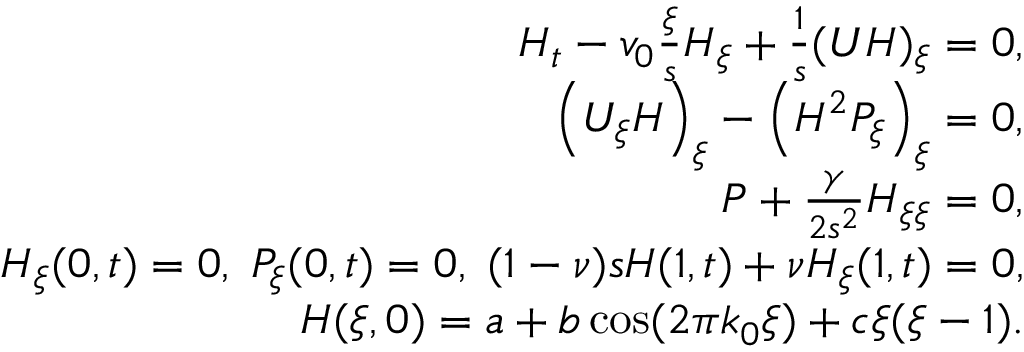
\begin{array} { r } { H _ { t } - v _ { 0 } \frac { \xi } { s } H _ { \xi } + \frac { 1 } { s } ( U H ) _ { \xi } = 0 , } \\ { \left( U _ { \xi } H \right) _ { \xi } - \left( H ^ { 2 } P _ { \xi } \right) _ { \xi } = 0 , } \\ { P + \frac { \gamma } { 2 s ^ { 2 } } H _ { \xi \xi } = 0 , } \\ { H _ { \xi } ( 0 , t ) = 0 , \; P _ { \xi } ( 0 , t ) = 0 , \; ( 1 - \nu ) s H ( 1 , t ) + \nu H _ { \xi } ( 1 , t ) = 0 , } \\ { H ( \xi , 0 ) = a + b \cos ( 2 \pi k _ { 0 } \xi ) + c \xi ( \xi - 1 ) . } \end{array}